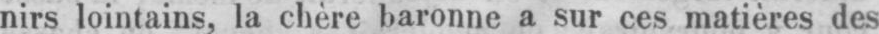
nirs lointains, la chère baronne a sur ces matières des